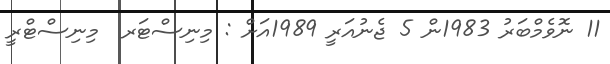
11 ނޮވެމްބަރު 1983ން 5 ޖެނުއަރީ 1989އަށް : މިނިސްޓަރ  މިނިސްޓްރީ